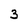
Character: 3